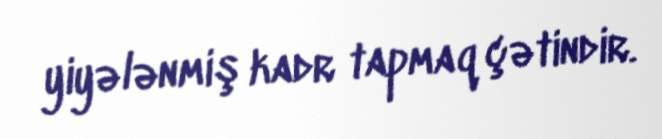
yiyələnmiş kadr tapmaq çətindir.